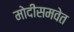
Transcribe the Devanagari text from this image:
मोदींसमवेत